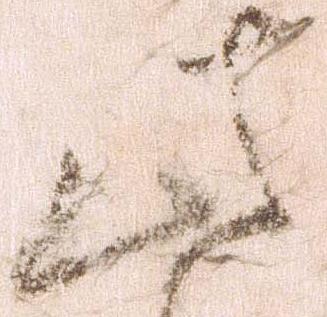
此